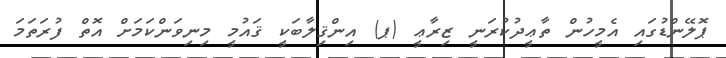
ޕޮލޭންޑުގައި އެމީހުން ތާޢީދުކުރަނީ ޒިރާޢީ (ޕ) އިންޤިލާބަކީ ޤައުމީ މިނިވަންކަމަށް އޮތް ފުރަތަމަ